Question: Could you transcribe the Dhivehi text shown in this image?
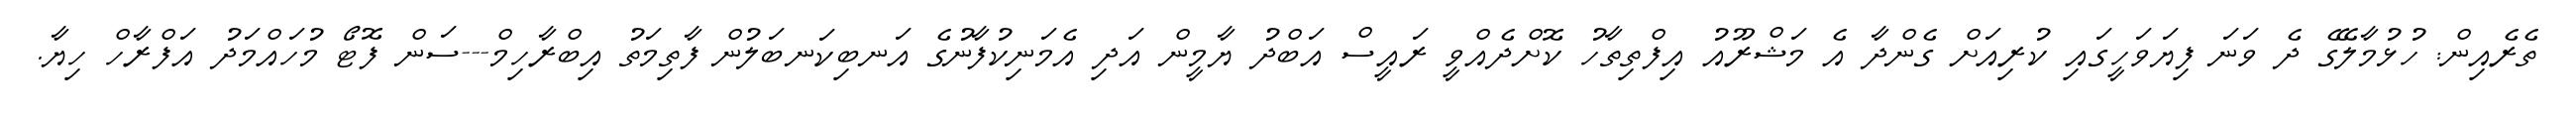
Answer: ތެރެއިން: ހުޅުމާލޭގެ ދެ ވަނަ ފިޔަވަހީގައި ކުރިއަށް ގެންދާ އެ މަޝްރޫއު އިފްތިތާހު ކޮށްދެއްވީ ރައީސް އަބްދު ޔާމީން އަދި އެމަނިކުފާނުގެ އަނބިކަނބަލުން ފާތިމަތު އިބްރާހިމް---ސަން ފޮޓޯ މުހައްމަދު އަފްރާހް ހިޔާ.